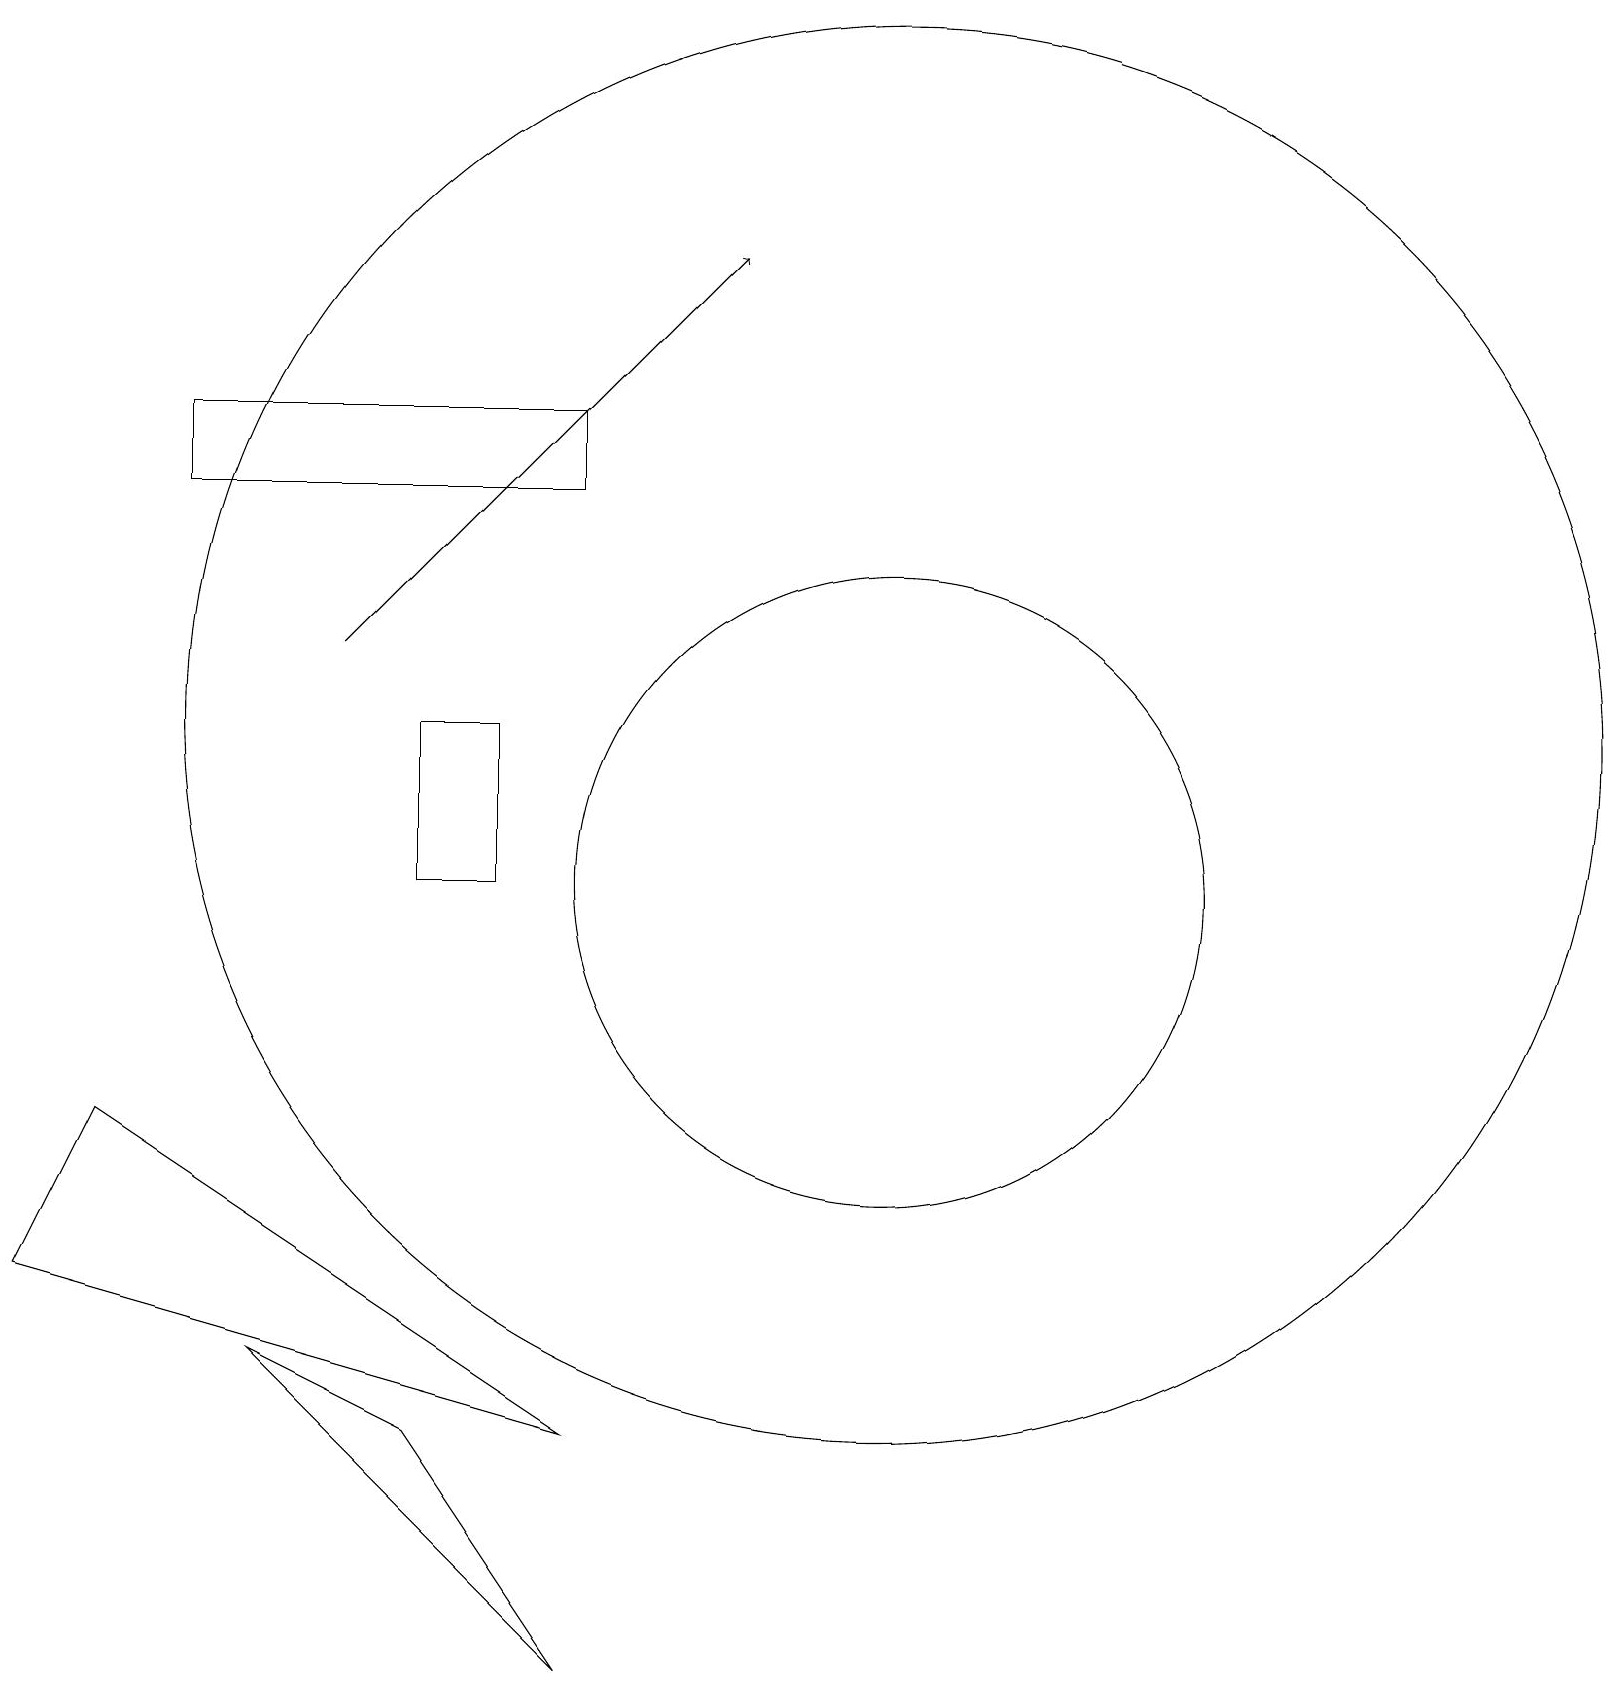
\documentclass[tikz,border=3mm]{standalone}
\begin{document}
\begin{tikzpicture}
\draw (7,0) -- (5,3) -- (3,4) -- cycle;
\draw (5,12) rectangle (6,10);
\draw (7,16) rectangle (2,15);
\draw (0,5) -- (1,7) -- (7,3) -- cycle;
\draw (11,12) circle (9);
\draw (11,10) circle (4);
\draw[->] (4,13) -- (9,18);
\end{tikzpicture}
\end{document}